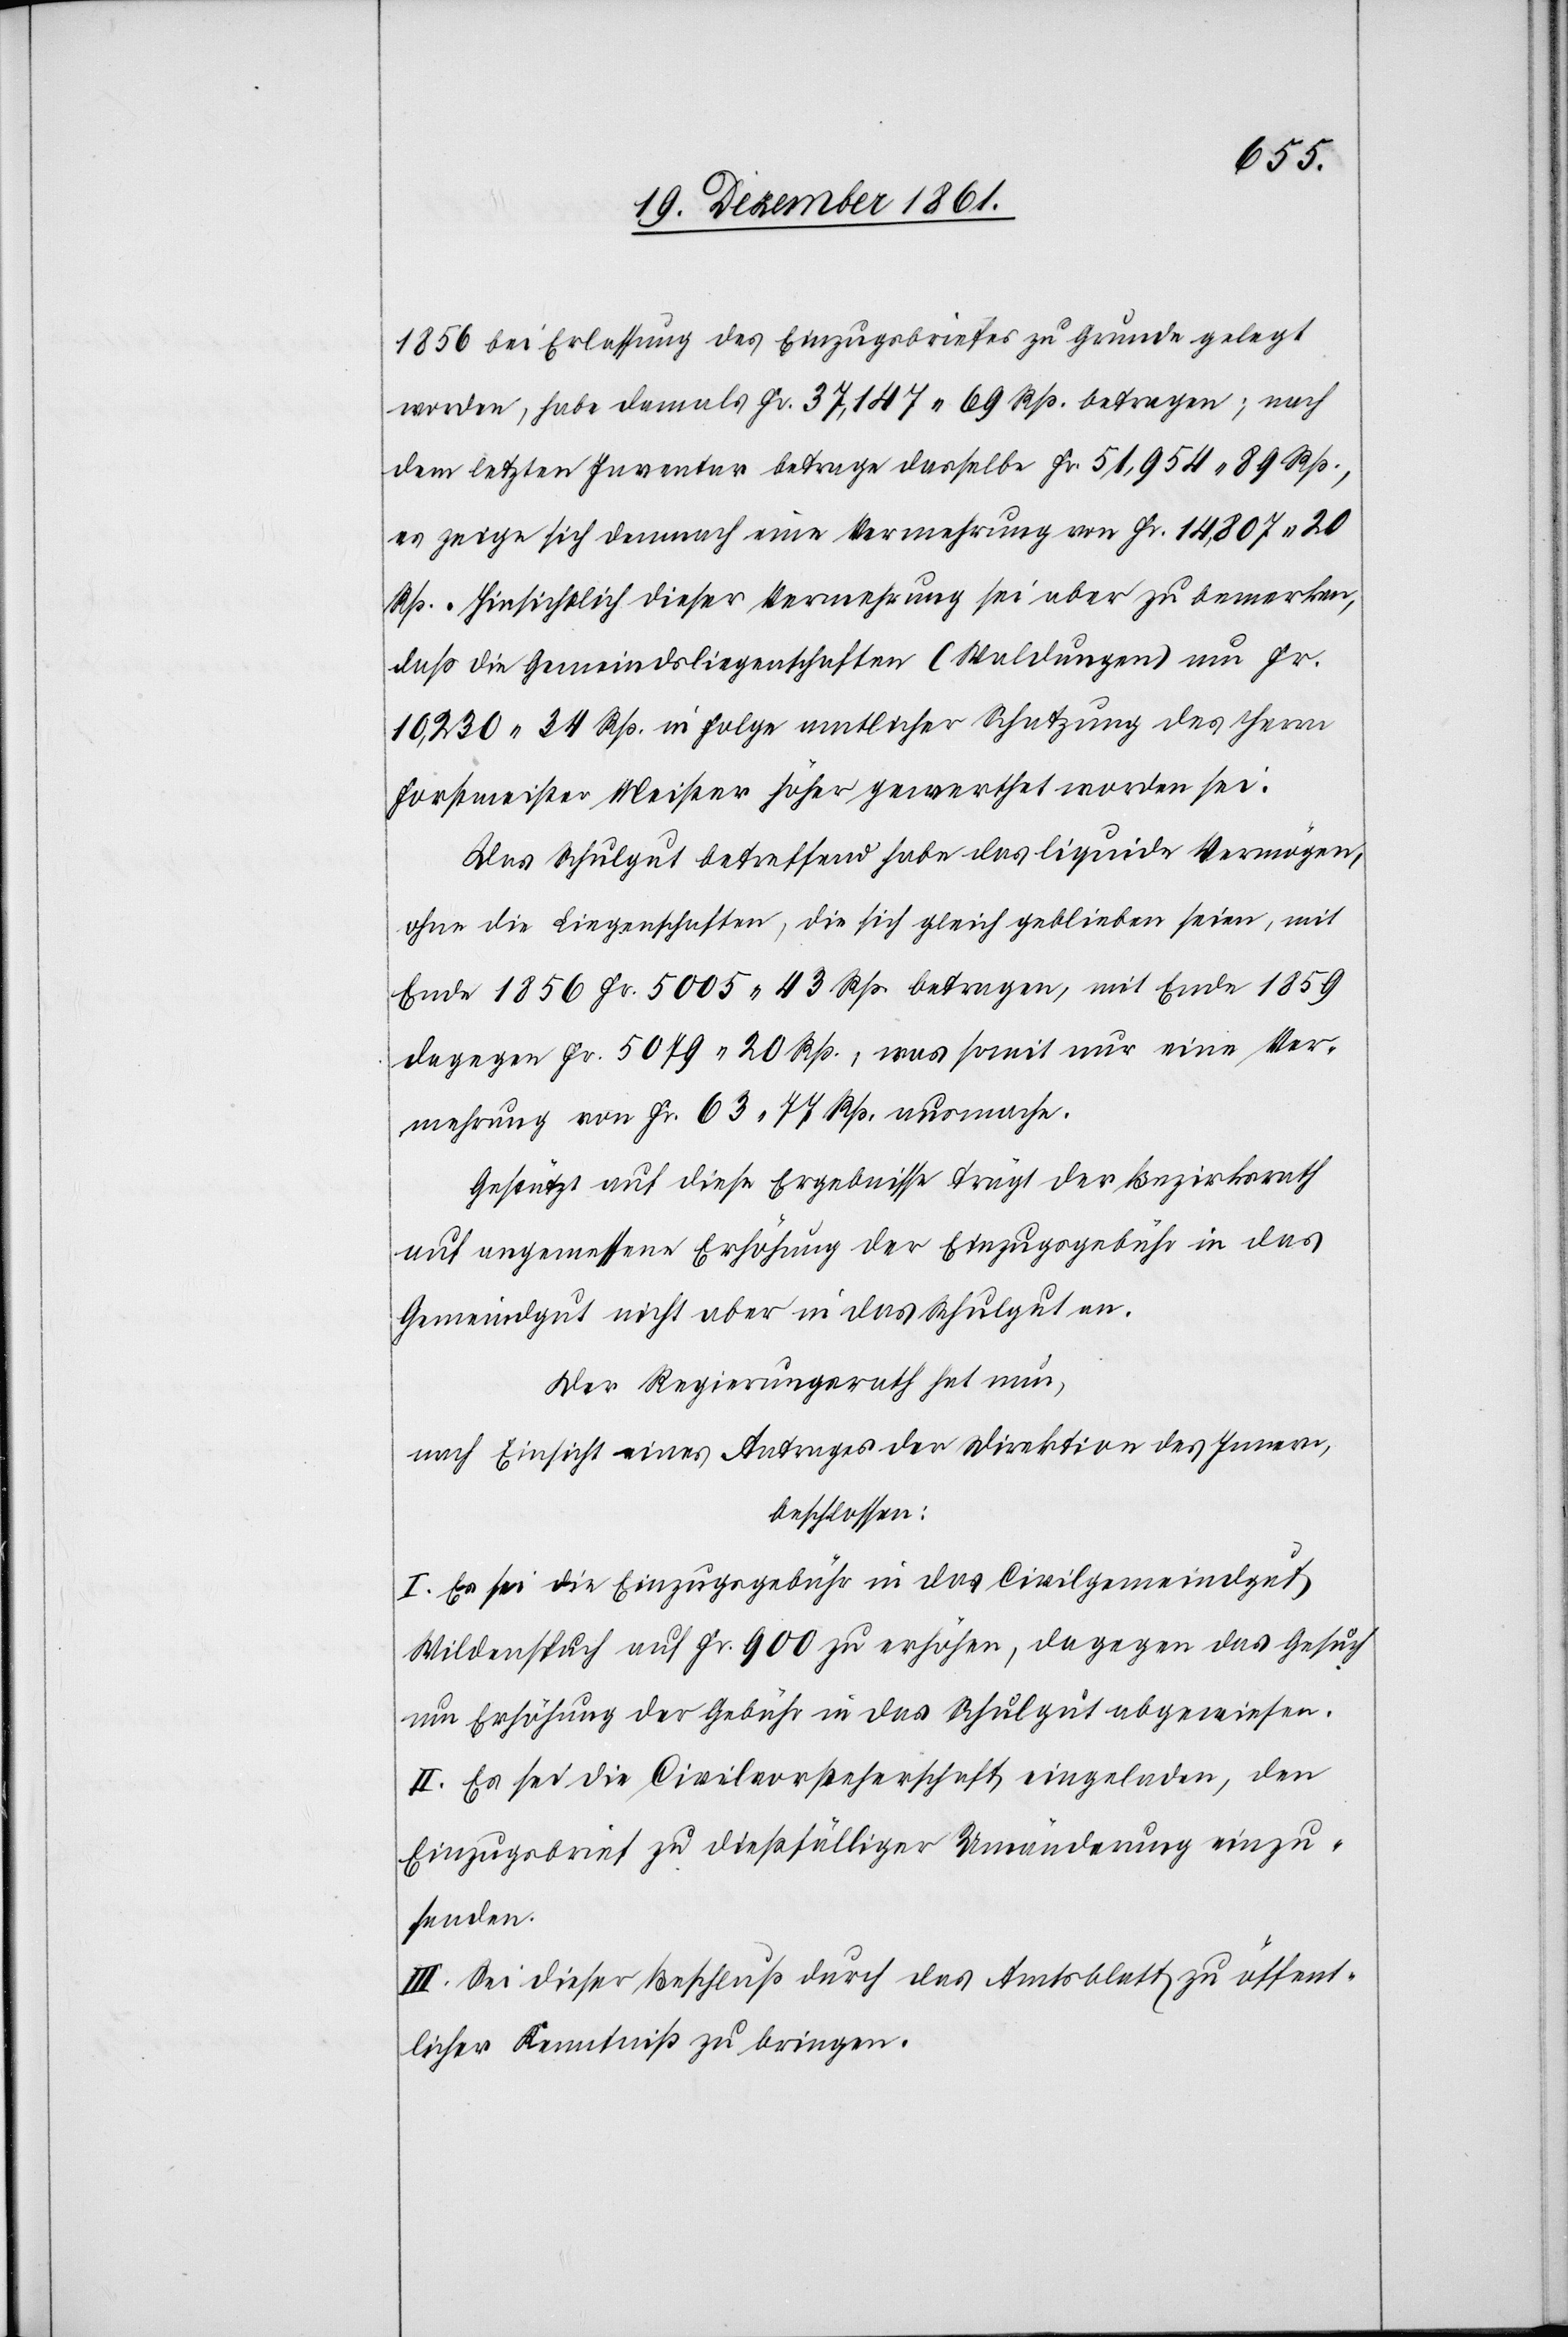
1856 bei Erlassung des Einzugsbriefes zu Grunde gelegt
worden, habe damals Fr. 37,147. 69 Rp. betragen; nach
dem letzten Inventar betrage dasselbe Fr. 51,954. 89 Rp.,
es zeige sich demnach eine Vermehrung von Fr. 14,807. 20
Rp. Hinsichtlich dieser Vermehrung sei aber zu bemerken,
daß die Gemeindsliegenschaften (Waldungen) um Fr.
10,230. 34 Rp. in Folge amtlicher Schatzung des Herrn
Forstmeister Meister höher gewerthet worden sei.
Das Schulgut betreffend habe das liquide Vermögen,
ohne die Liegenschaften, die sich gleich geblieben seien, mit
Ende 1856 Fr. 5005. 43 Rp. betragen, mit Ende 1859
dagegen Fr. 5079. 20 Rp., was somit eine Ver¬
mehrung von Fr. 63. 77 Rp. ausmache.
Gestützt auf diese Ergebnisse trägt der Bezirksrath
auf angemessene Erhöhung der Einzugsgebühr in das
Gemeindgut nicht aber in das Schulgut an.
Der Regierungsrath hat nun,
nach Einsicht eines Antrages der Direktion des Innern,
beschlossen:
I. Es sei die Einzugsgebühr in das Civilgemeindgut
Wildenspuch auf Fr. 900 zu erhöhen, dagegen das Gesuch
um Erhöhung der Gebühr in das Schulgut abgewiesen.
II. Es sei die Civilvorsteherschaft eingeladen, den
Einzugsbrief zu dießfälliger Umänderung einzu¬
senden.
III. Sei dieser Beschluß durch das Amtsblatt zu öffent¬
licher Kenntniß zu bringen.